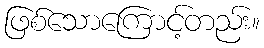
ဖြစ်သောကြောင့်တည်း။